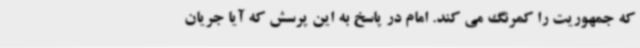
که جمهوریت را کمرنگ می کند. امام در پاسخ به این پرسش که آیا جریان